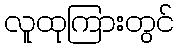
လူထုကြားတွင်